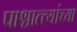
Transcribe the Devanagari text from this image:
पाश्चात्त्यांच्या